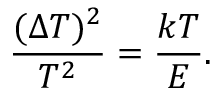
\frac { ( \Delta T ) ^ { 2 } } { T ^ { 2 } } = \frac { k T } { E } .